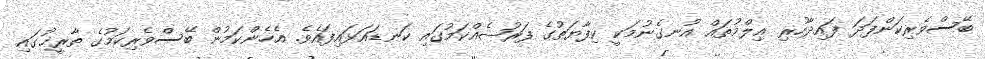
ބޭސްވެރިކަންފަދަ ފައިދާހުރި ޢިލްމުތައް އުނގެނުމަކީ ކިފާޔަތުގެ ފަރުޟެއްކަމުގައި ކަނޑައަޅައިފައެވެ. އެހެންކަމުން ބޭސްވެރިކަމުގެ ތާރީޚުގައި